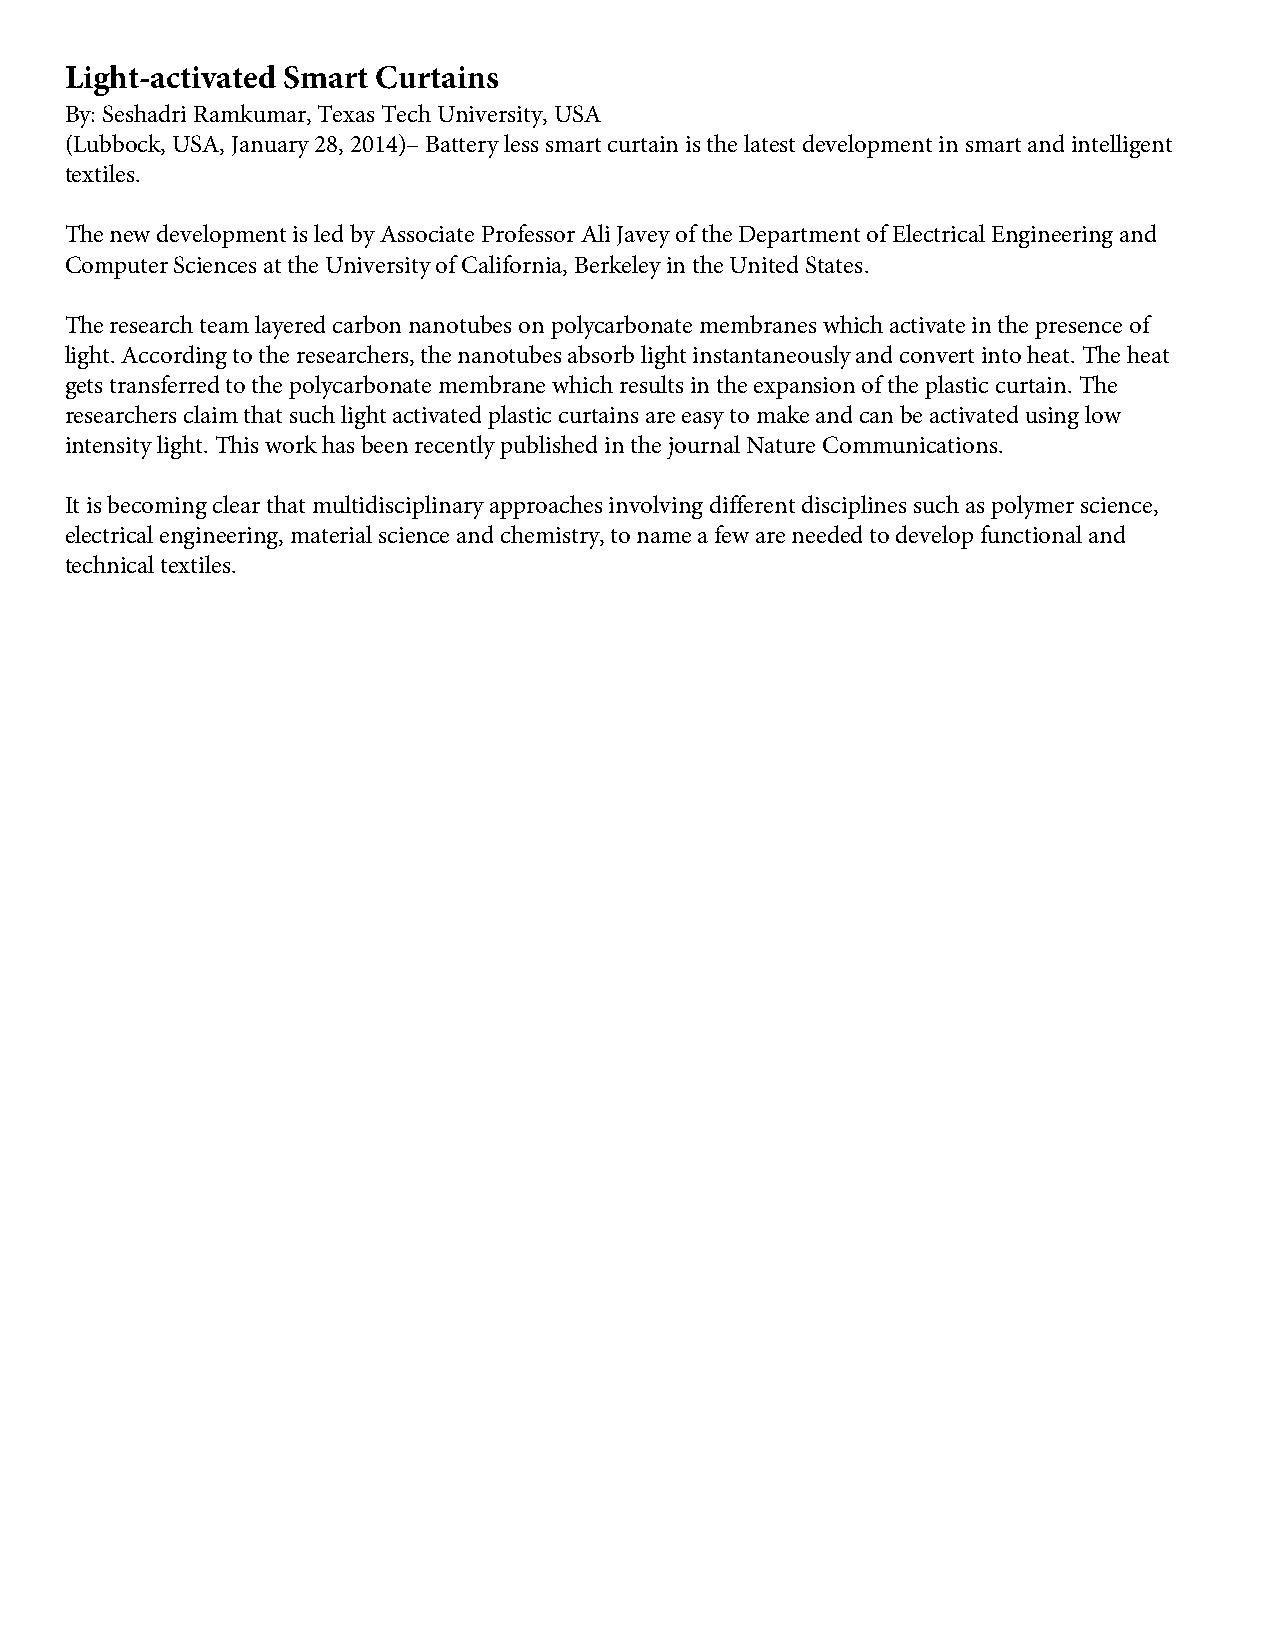
Light-activated Smart Curtains
 By: Seshadri Ramkumar, Texas Tech University, USA
 (Lubbock, USA, January 28, 2014)– Battery less smart curtain is the latest development in smart and intelligent
 textiles.
 The new development is led by Associate Professor Ali Javey of the Department of Electrical Engineering and
 Computer Sciences at the University of California, Berkeley in the United States.
 The research team layered carbon nanotubes on polycarbonate membranes which activate in the presence of
 light. According to the researchers, the nanotubes absorb light instantaneously and convert into heat. The heat
 gets transferred to the polycarbonate membrane which results in the expansion of the plastic curtain. The
 researchers claim that such light activated plastic curtains are easy to make and can be activated using low
 intensity light. This work has been recently published in the journal Nature Communications.
 It is becoming clear that multidisciplinary approaches involving different disciplines such as polymer science,
 electrical engineering, material science and chemistry, to name a few are needed to develop functional and
 technical textiles.